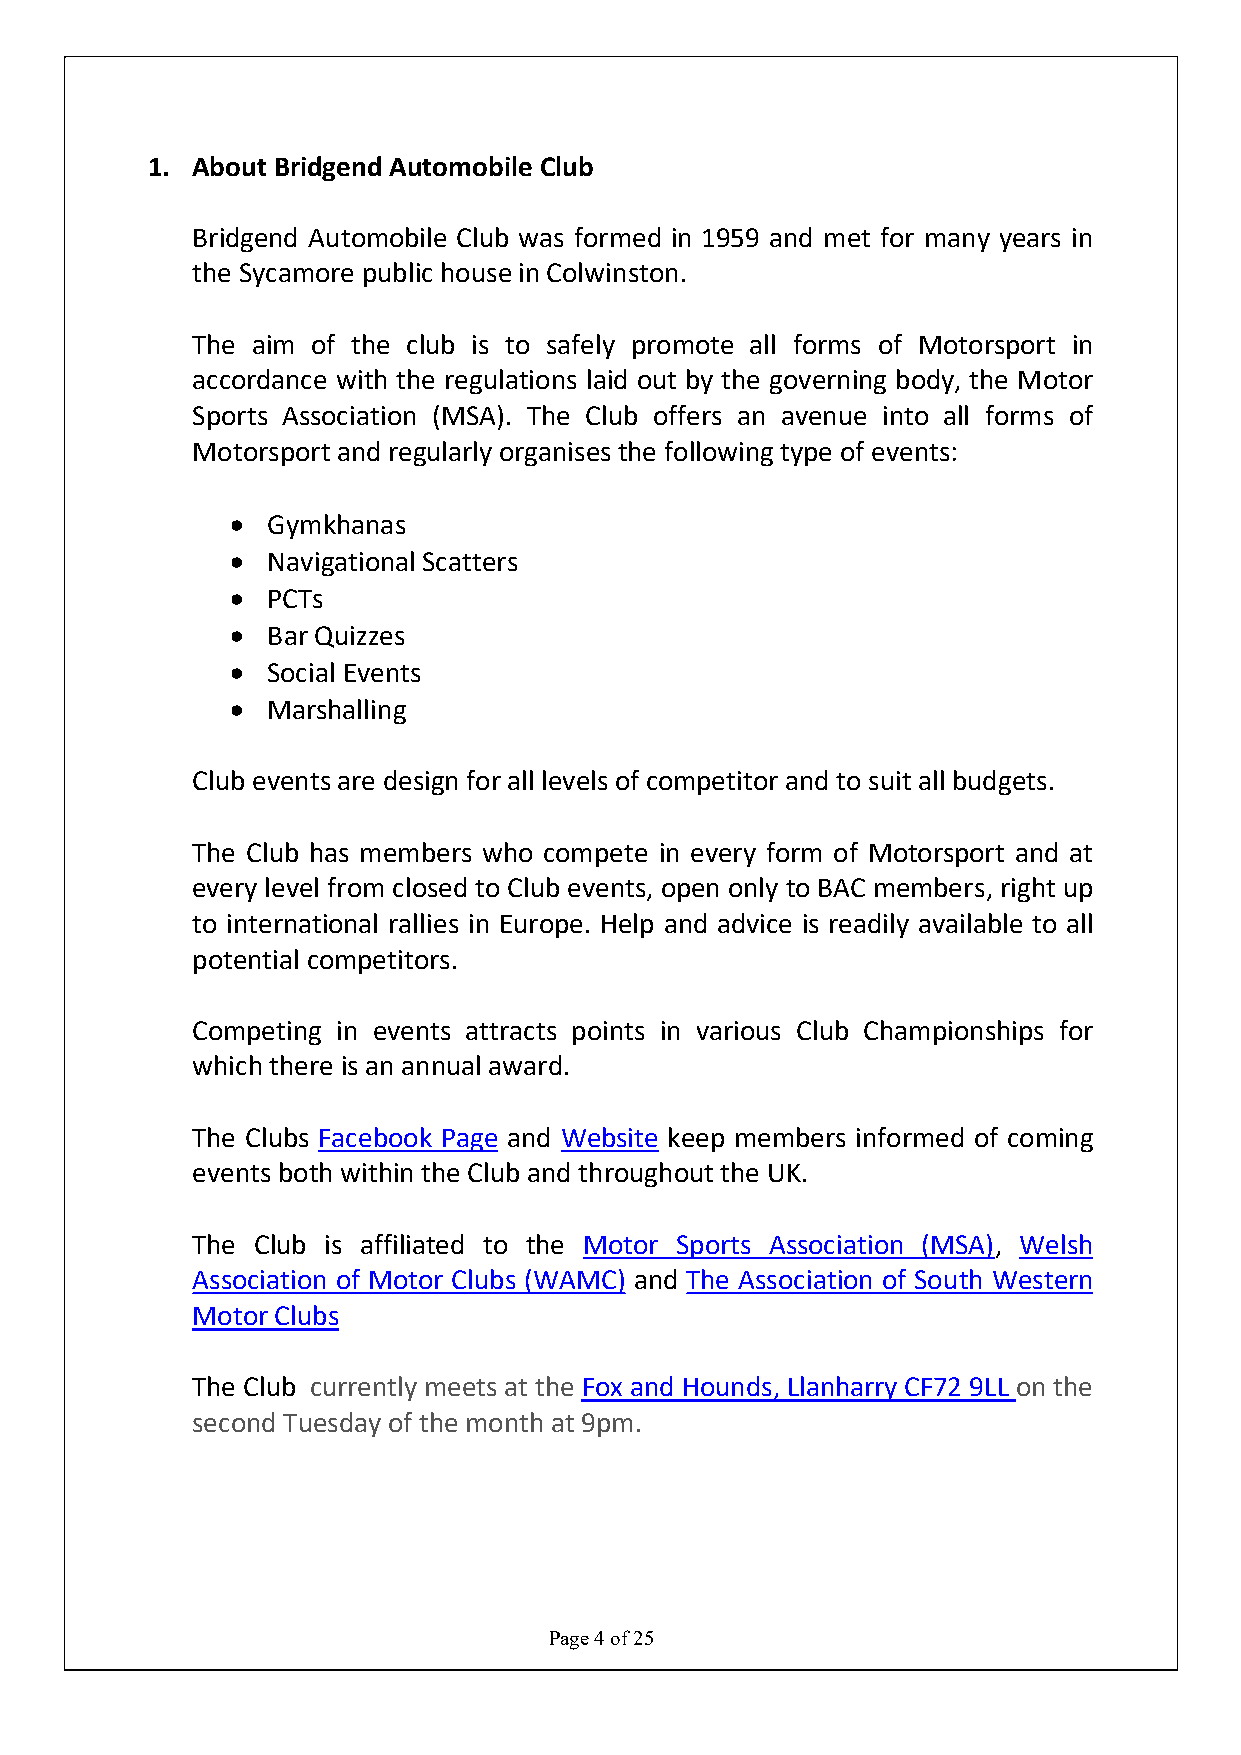
1. About Bridgend Automobile Club
 Bridgend Automobile Club was formed in 1959 and met for many years in
 the Sycamore public house in Colwinston.
 The aim of the club is to safely promote all forms of Motorsport in
 accordance with the regulations laid out by the governing body, the Motor
 Sports Association (MSA). The Club offers an avenue into all forms of
 Motorsport and regularly organises the following type of events:
   Gymkhanas
   Navigational Scatters
   PCTs
   Bar Quizzes
   Social Events
   Marshalling
 Club events are design for all levels of competitor and to suit all budgets.
 The Club has members who compete in every form of Motorsport and at
 every level from closed to Club events, open only to BAC members, right up
 to international rallies in Europe. Help and advice is readily available to all
 potential competitors.
 Competing in events attracts points in various Club Championships for
 which there is an annual award.
 The Clubs Facebook Page and Website keep members informed of coming
 events both within the Club and throughout the UK.
 The Club is affiliated to the Motor Sports Association (MSA), Welsh
 Association of Motor Clubs (WAMC) and The Association of South Western
 Motor Clubs
 The Club currently meets at the Fox and Hounds, Llanharry CF72 9LL on the
 second Tuesday of the month at 9pm.
 Page 4 of 25